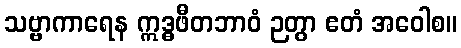
သဗ္ဗာကာရေန ဣဒ္ဓဖီတဘာဝံ ဉတွာ ဧတံ အဝေါစ။